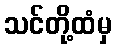
သင်တို့ထံမှ